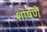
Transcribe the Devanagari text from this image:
शोषणे